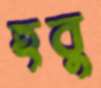
হবু